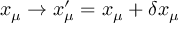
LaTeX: x _ { \mu } \rightarrow x _ { \mu } ^ { \prime } = x _ { \mu } + \delta x _ { \mu }